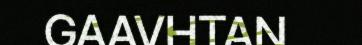
GAAVHTAN